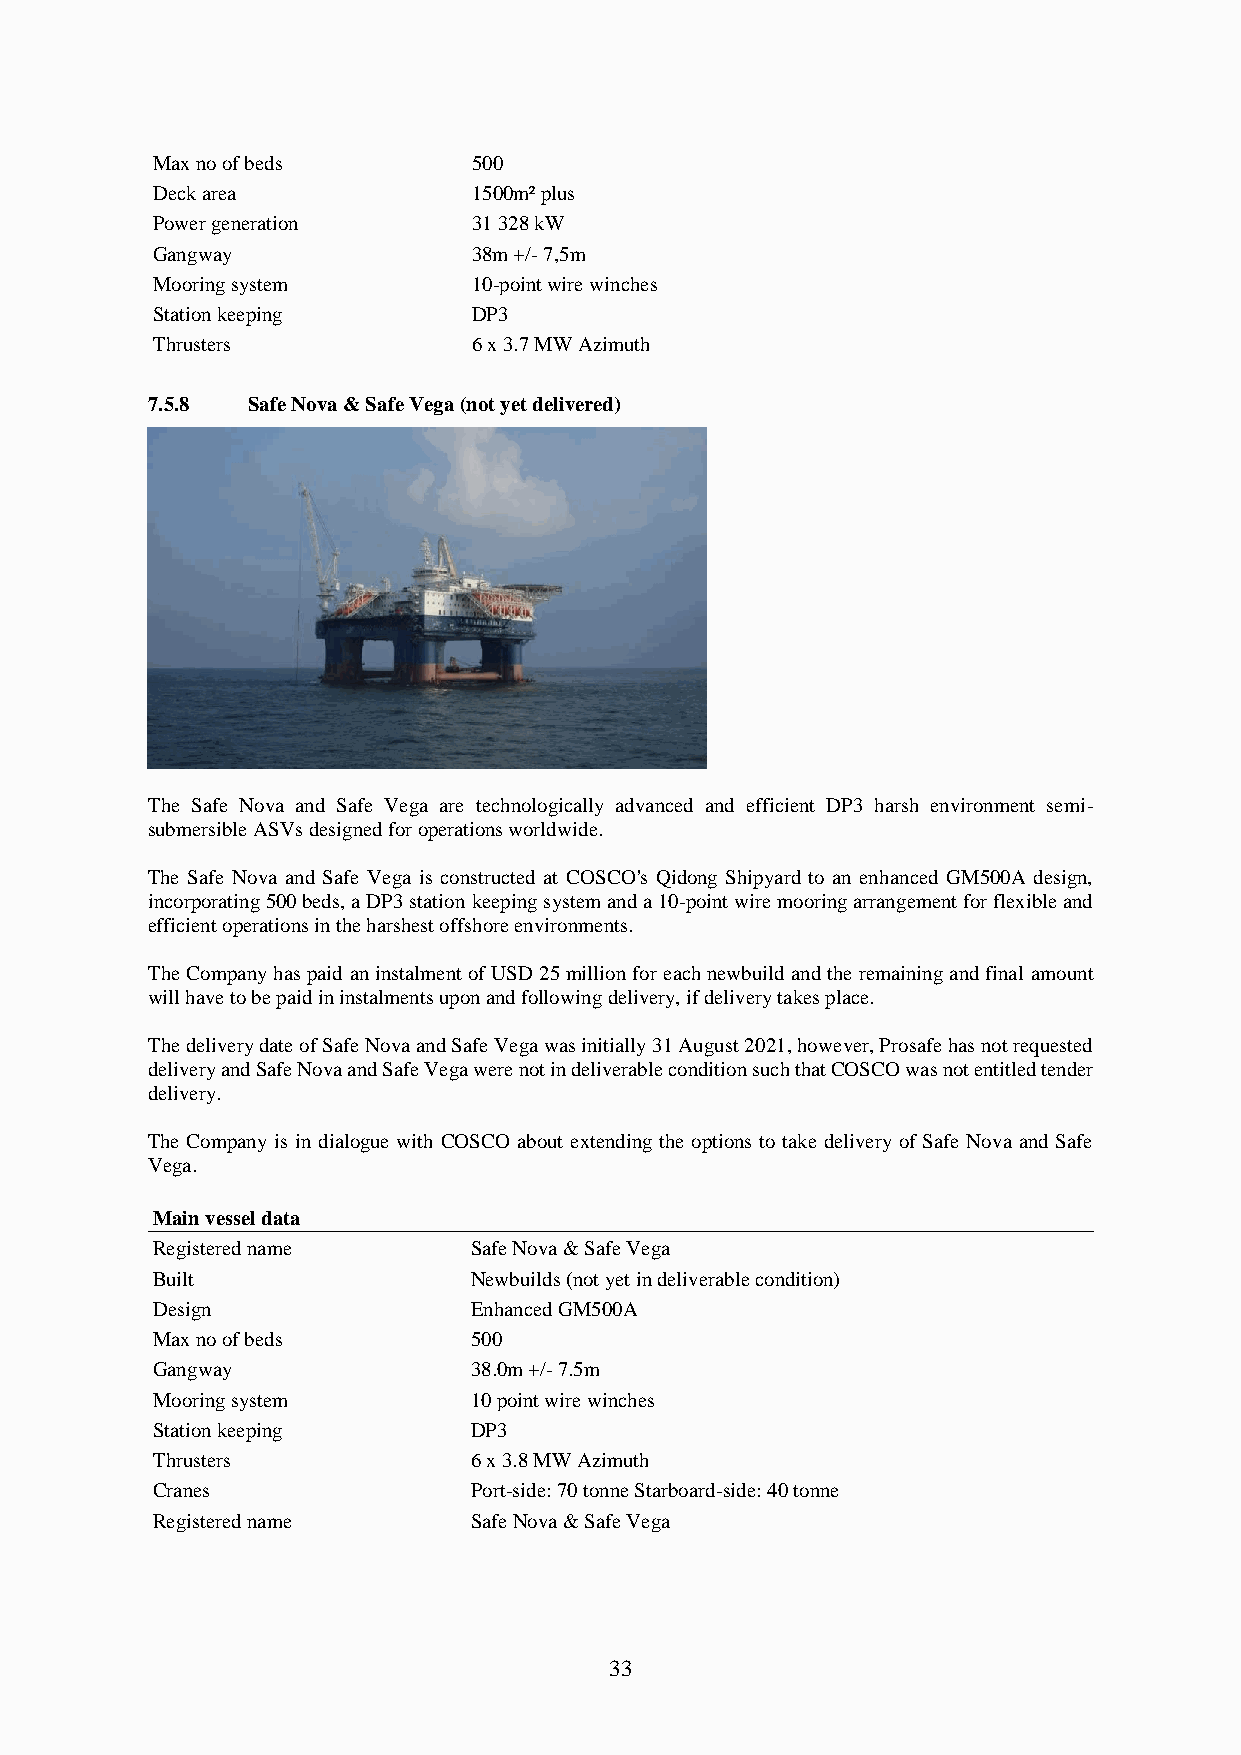
Max no of beds       500
 Deck area            1500m² plus
 Power generation     31 328 kW
 Gangway              38m +/- 7,5m
 Mooring system       10-point wire winches
 Station keeping      DP3
 Thrusters            6 x 3.7 MW Azimuth
 7.5.8 Safe Nova & Safe Vega (not yet delivered)
 The Safe Nova and Safe Vega are technologically advanced and efficient DP3 harsh environment semi-
 submersible ASVs designed for operations worldwide.
 The Safe Nova and Safe Vega is constructed at COSCO's Qidong Shipyard to an enhanced GM500A design,
 incorporating 500 beds, a DP3 station keeping system and a 10-point wire mooring arrangement for flexible and
 efficient operations in the harshest offshore environments.
 The Company has paid an instalment of USD 25 million for each newbuild and the remaining and final amount
 will have to be paid in instalments upon and following delivery, if delivery takes place.
 The delivery date of Safe Nova and Safe Vega was initially 31 August 2021, however, Prosafe has not requested
 delivery and Safe Nova and Safe Vega were not in deliverable condition such that COSCO was not entitled tender
 delivery.
 The Company is in dialogue with COSCO about extending the options to take delivery of Safe Nova and Safe
 Vega.
 Main vessel data
 Registered name      Safe Nova & Safe Vega
 Built                Newbuilds (not yet in deliverable condition)
 Design               Enhanced GM500A
 Max no of beds       500
 Gangway              38.0m +/- 7.5m
 Mooring system       10 point wire winches
 Station keeping      DP3
 Thrusters            6 x 3.8 MW Azimuth
 Cranes               Port-side: 70 tonne Starboard-side: 40 tonne
 Registered name      Safe Nova & Safe Vega
 33